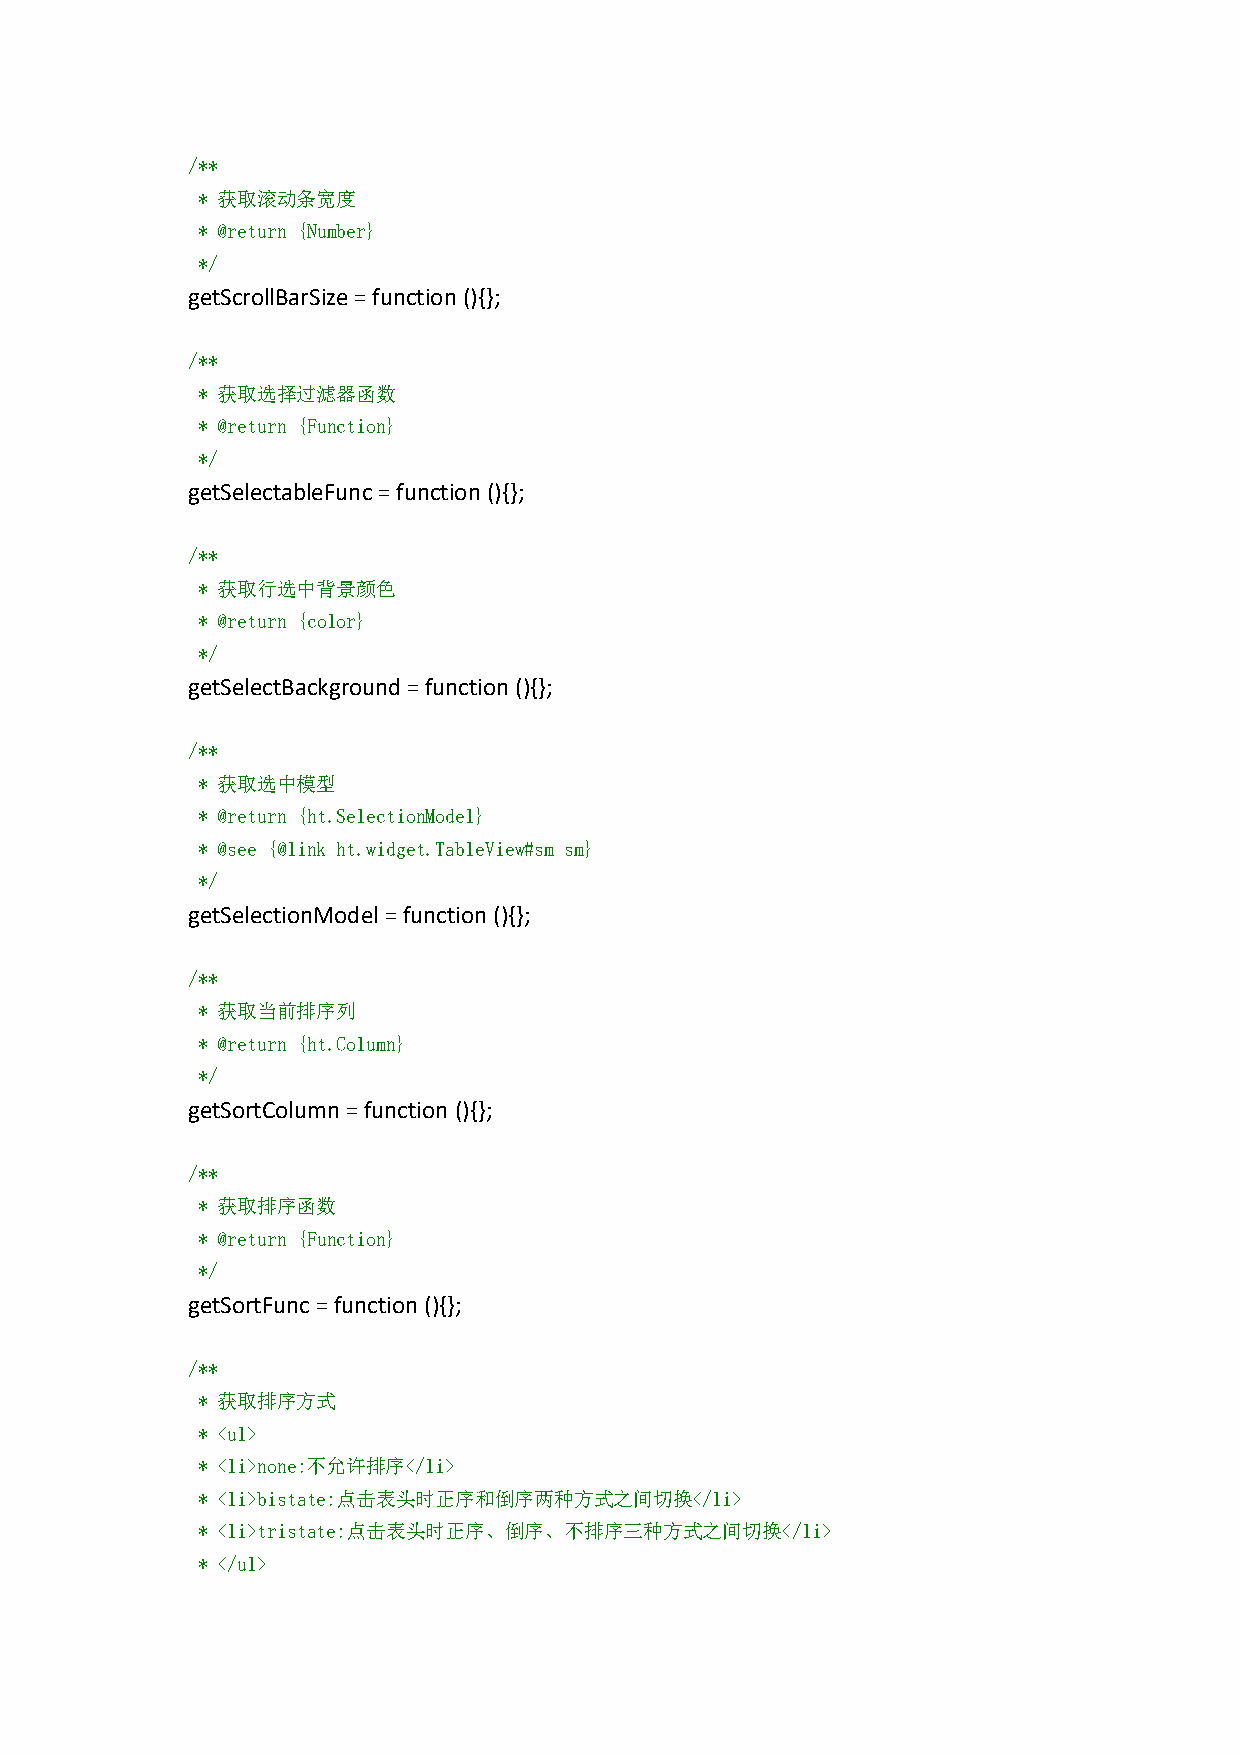
/**
 * 获取滚动条宽度
 * @return {Number}
 */
 getScrollBarSize=function(){};
 /**
 * 获取选择过滤器函数
 * @return {Function}
 */
 getSelectableFunc=function(){};
 /**
 * 获取行选中背景颜色
 * @return {color}
 */
 getSelectBackground=function(){};
 /**
 * 获取选中模型
 * @return {ht.SelectionModel}
 * @see {@link ht.widget.TableView#sm sm}
 */
 getSelectionModel=function(){};
 /**
 * 获取当前排序列
 * @return {ht.Column}
 */
 getSortColumn=function (){};
 /**
 * 获取排序函数
 * @return {Function}
 */
 getSortFunc=function(){};
 /**
 * 获取排序方式
 * <ul>
 * <li>none:不允许排序</li>
 * <li>bistate:点击表头时正序和倒序两种方式之间切换</li>
 * <li>tristate:点击表头时正序、倒序、不排序三种方式之间切换</li>
 * </ul>